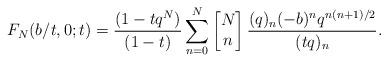
LaTeX: \begin{align*}F_N(b/t,0;t)= \frac{(1-tq^N)}{(1-t)}\sum_{n=0}^{N}\begin{bmatrix}N\\n\end{bmatrix}\frac{(q)_n(-b)^nq^{n(n+1)/2}}{(tq)_n}.\end{align*}